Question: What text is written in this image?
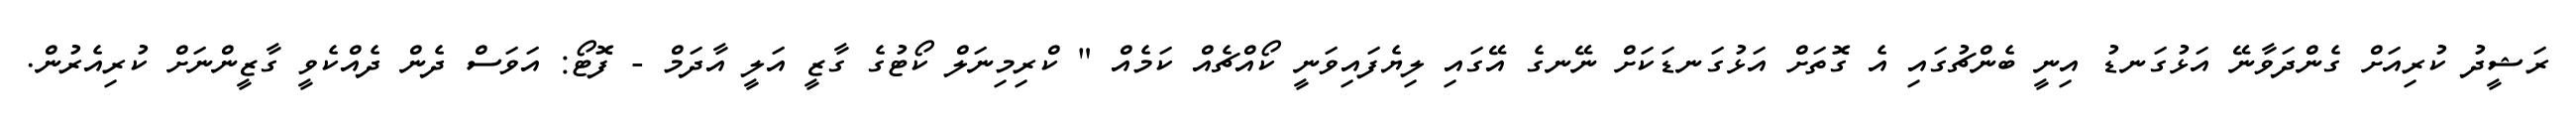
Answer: ރަޝީދު ކުރިއަށް ގެންދަވާނޭ އަޅުގަނޑު އިނީ ބެންޗުގައި އެ ގޮތަށް އަޅުގަނޑަކަށް ނޭނގެ އޭގައި ލިޔެފައިވަނީ ކޯއްޗެއް ކަމެއް " ކްރިމިނަލް ކޯޓުގެ ގާޒީ އަލީ އާދަމް - ފޮޓޯ: އަވަސް ދެން ދެއްކެވީ ގާޒީންނަށް ކުރިއެރުން.